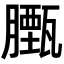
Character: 𮍃